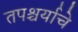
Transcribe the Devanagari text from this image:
तपश्चर्याचे